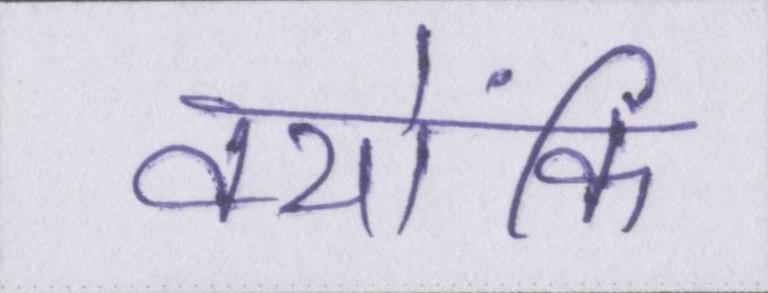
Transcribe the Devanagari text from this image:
क्योंकि